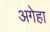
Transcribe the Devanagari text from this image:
अगेहा